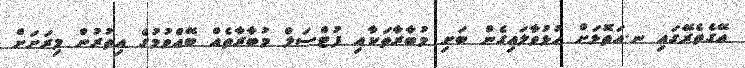
އޭގެތެރޭގައި ނ.އަތޮޅަށް ހުޅުވާލައިގެން ބަށި މުބާރާތަކާއި ފުޓްސަލް މުބާރާތެއް ބޭއްވުމުގެ އިތުރުން މިރަށަށް